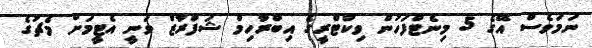
ނަމަވެސް އޭގެ 5 މިނެޓްފަހުން ވިކްޓްރީގެ އިބްރާހިމް ޝަފްރާޒް ވަނީ އެޓީމަށް މެޗުގެ